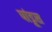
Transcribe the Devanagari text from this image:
पांडूस